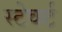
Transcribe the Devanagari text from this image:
स्टेवर्ट